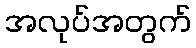
အလုပ်အတွက်